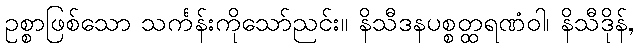
ဥစ္စာဖြစ်သော သင်္ကန်းကိုသော်ညင်း။ နိသီဒနပစ္စတ္ထရဏံဝါ၊ နိသီဒိုန်,